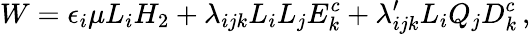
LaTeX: W=\epsilon_{i}\mu L_{i}H_{2}+\lambda_{ijk}L_{i}L_{j}E_{k}^{c}+\lambda_{ijk}^{\prime}L_{i}Q_{j}D_{k}^{c}\, ,